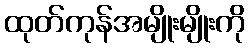
ထုတ်ကုန်အမျိုးမျိုးကို